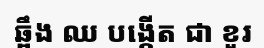
ឆ្អឹង ឈ បង្កើត ជា ខួរ